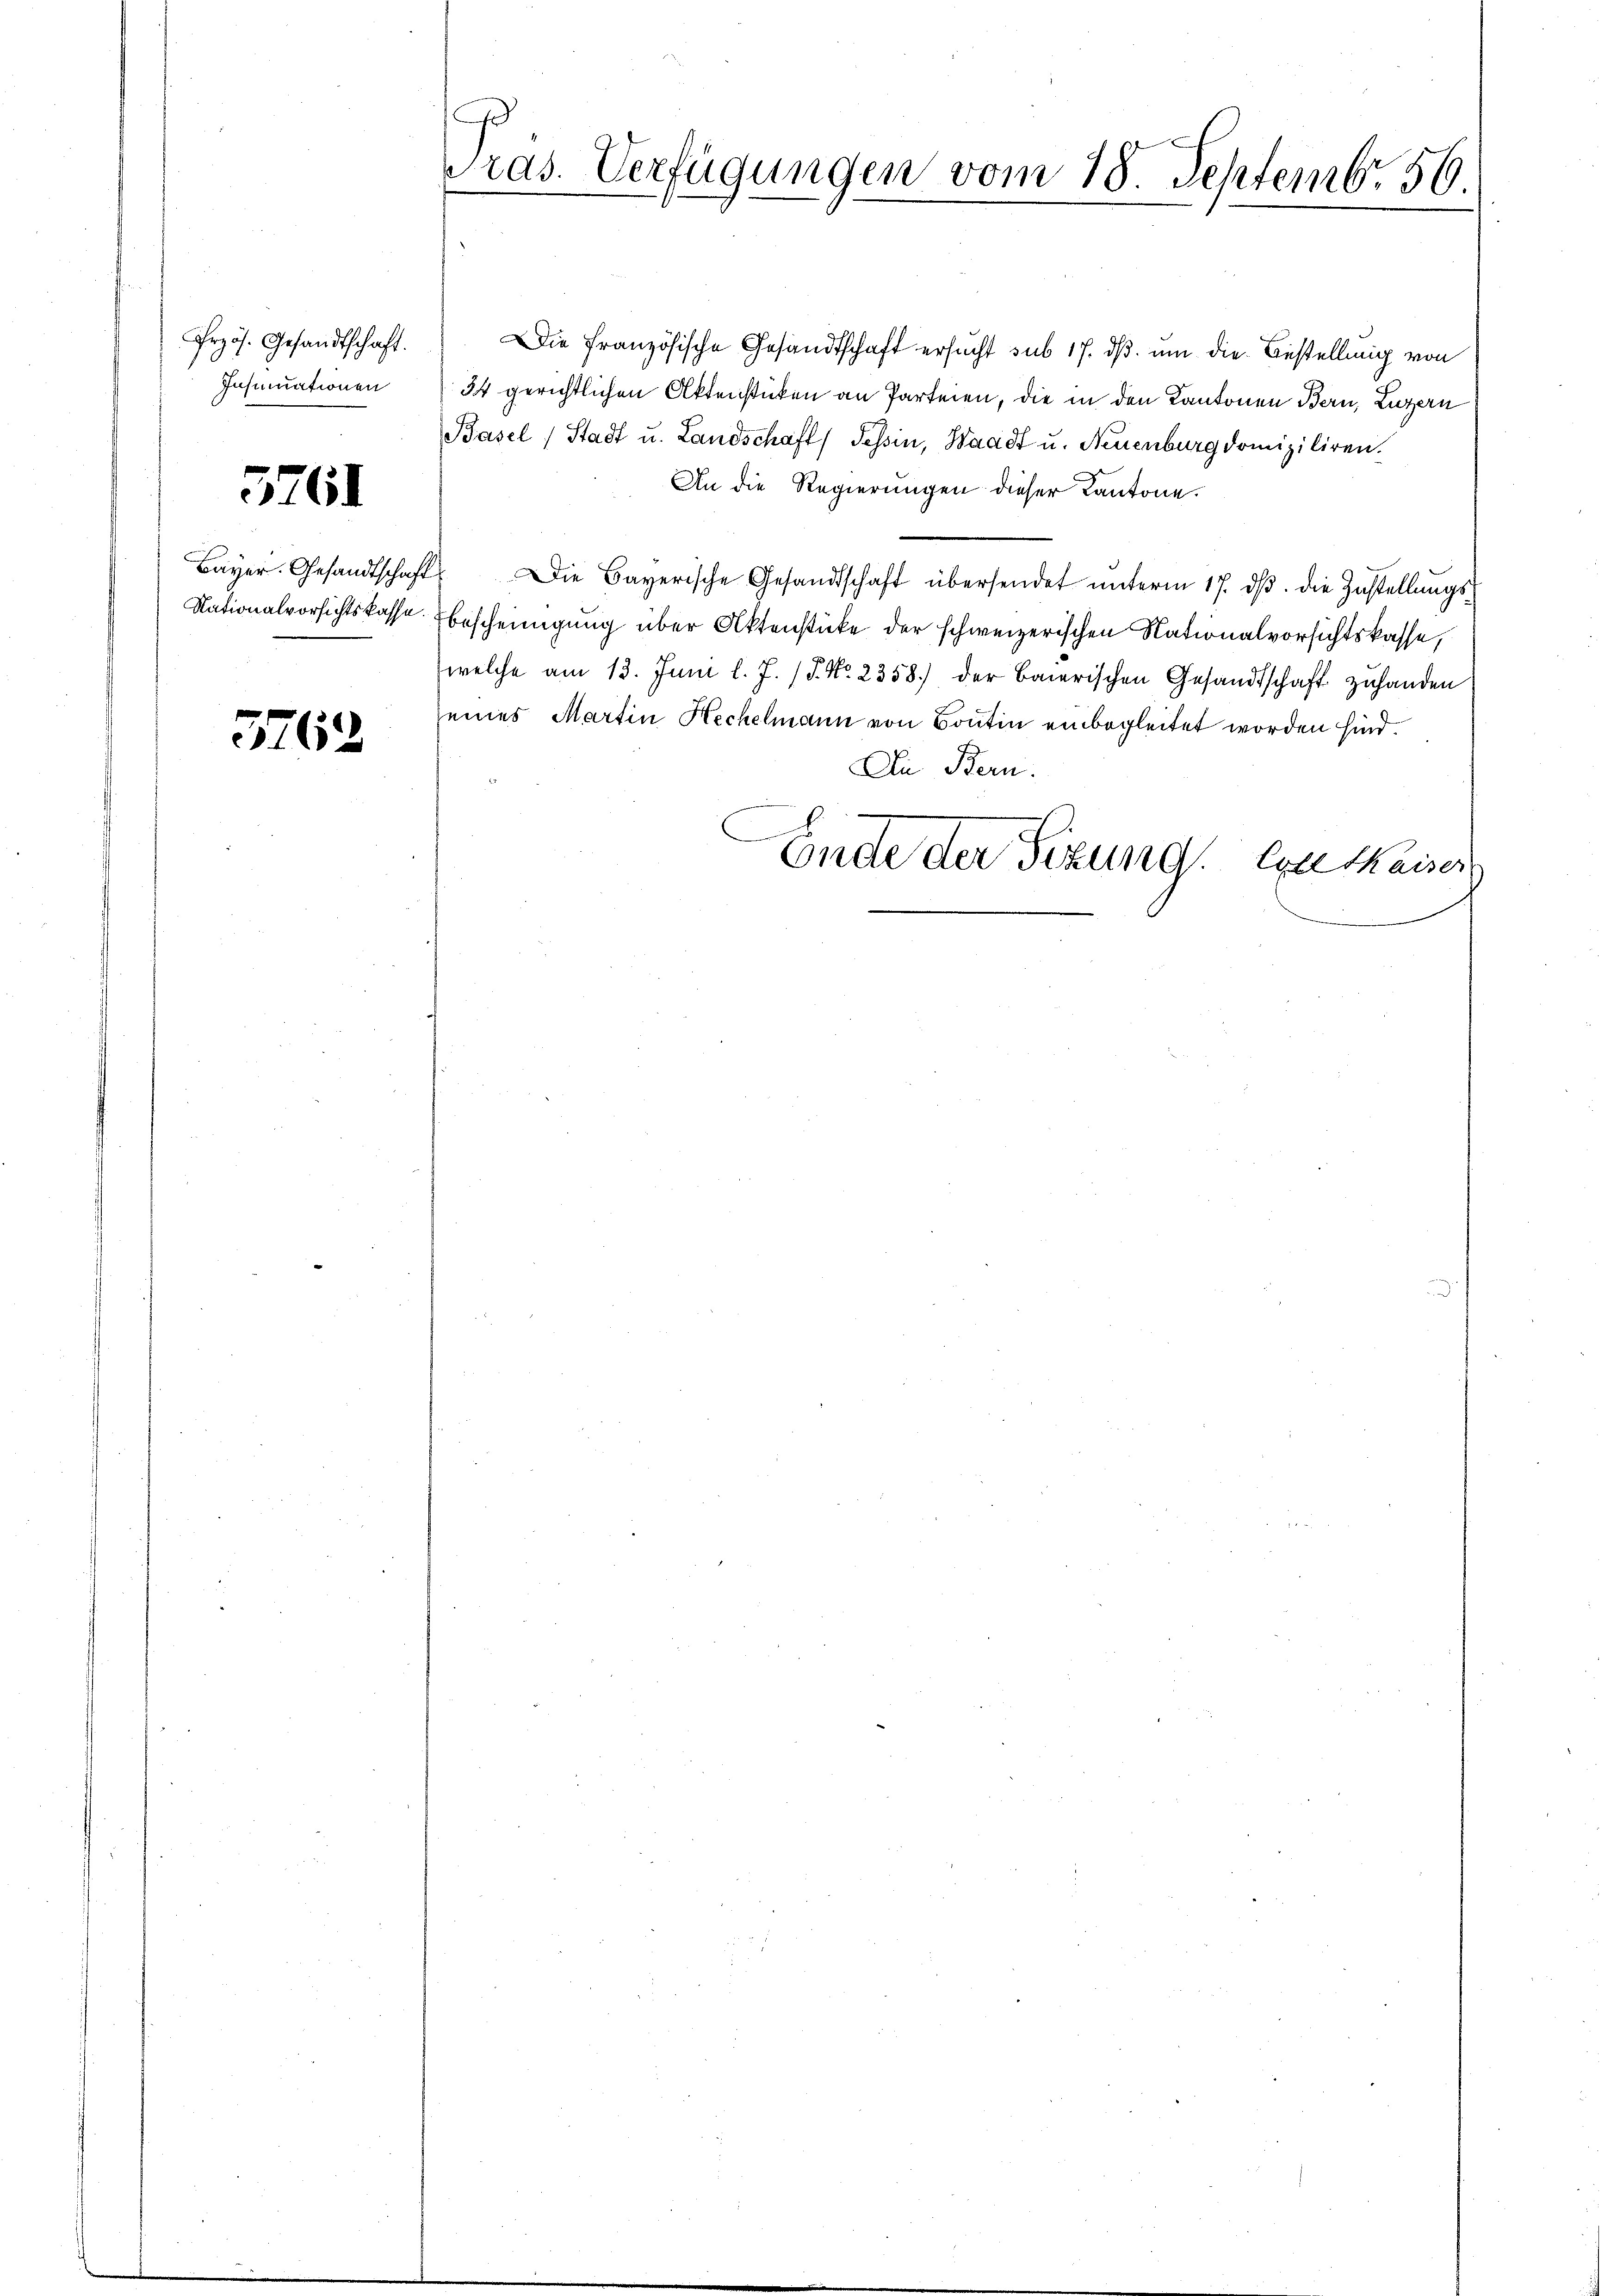
Przös. Gesandtschaft.
Insinuationen

5761

Bayer. Gesandtschaft
Nationalvorsichtskasse.

3762

ras. Verfügungen vom 18. Septemb. 56.

Die Französische Gesandtschaft ersucht sub 17. dβ. um die Bestellung von
34 gerichtlichen Aktenstücken an Parteien, die in den Kantonen Bern, Luzern
Basel (Stadt u. Landschaft, Tessin, Waadt u. Neuenburg domiziliren.
An die Regierungen dieser Kantone.
" Die Bayerische Gesandtschaft übersendet ŭnterm 17. dβ. die Zustellŭngs-
bescheinigung über Aktenstücke der schweizerischen Nationalvorsichtskasse,
welche am 13. Juni l. J. 17. No. 2358) der baierischen Gesandtschaft zuhanden
seines Martin Hechelmann von Bontin einbegleitet worden sind.
An Bern.
Ende der Sizung. Ein Kaiser